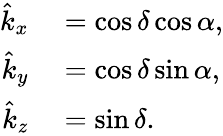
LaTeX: \begin{array}{rl}{{\hat{k}}_{x}}&{{}=\cos\delta\cos\alpha,}\\ {{\hat{k}}_{y}}&{{}=\cos\delta\sin\alpha,}\\ {{\hat{k}}_{z}}&{{}=\sin\delta.}\end{array}